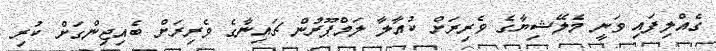
ގެއްލިފައި ވަނީ މެލޭޝިޔާގެ ވެރިރަށް ކުއާލާ ލަމްޕޫރުން ޗައިނާގެ ވެރިރަށް ބެއިޖިންގަށް ކުރި